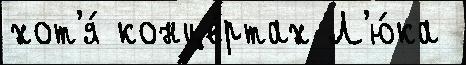
хот'я́ конце́ртах Л'ю́ка